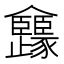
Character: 㒪